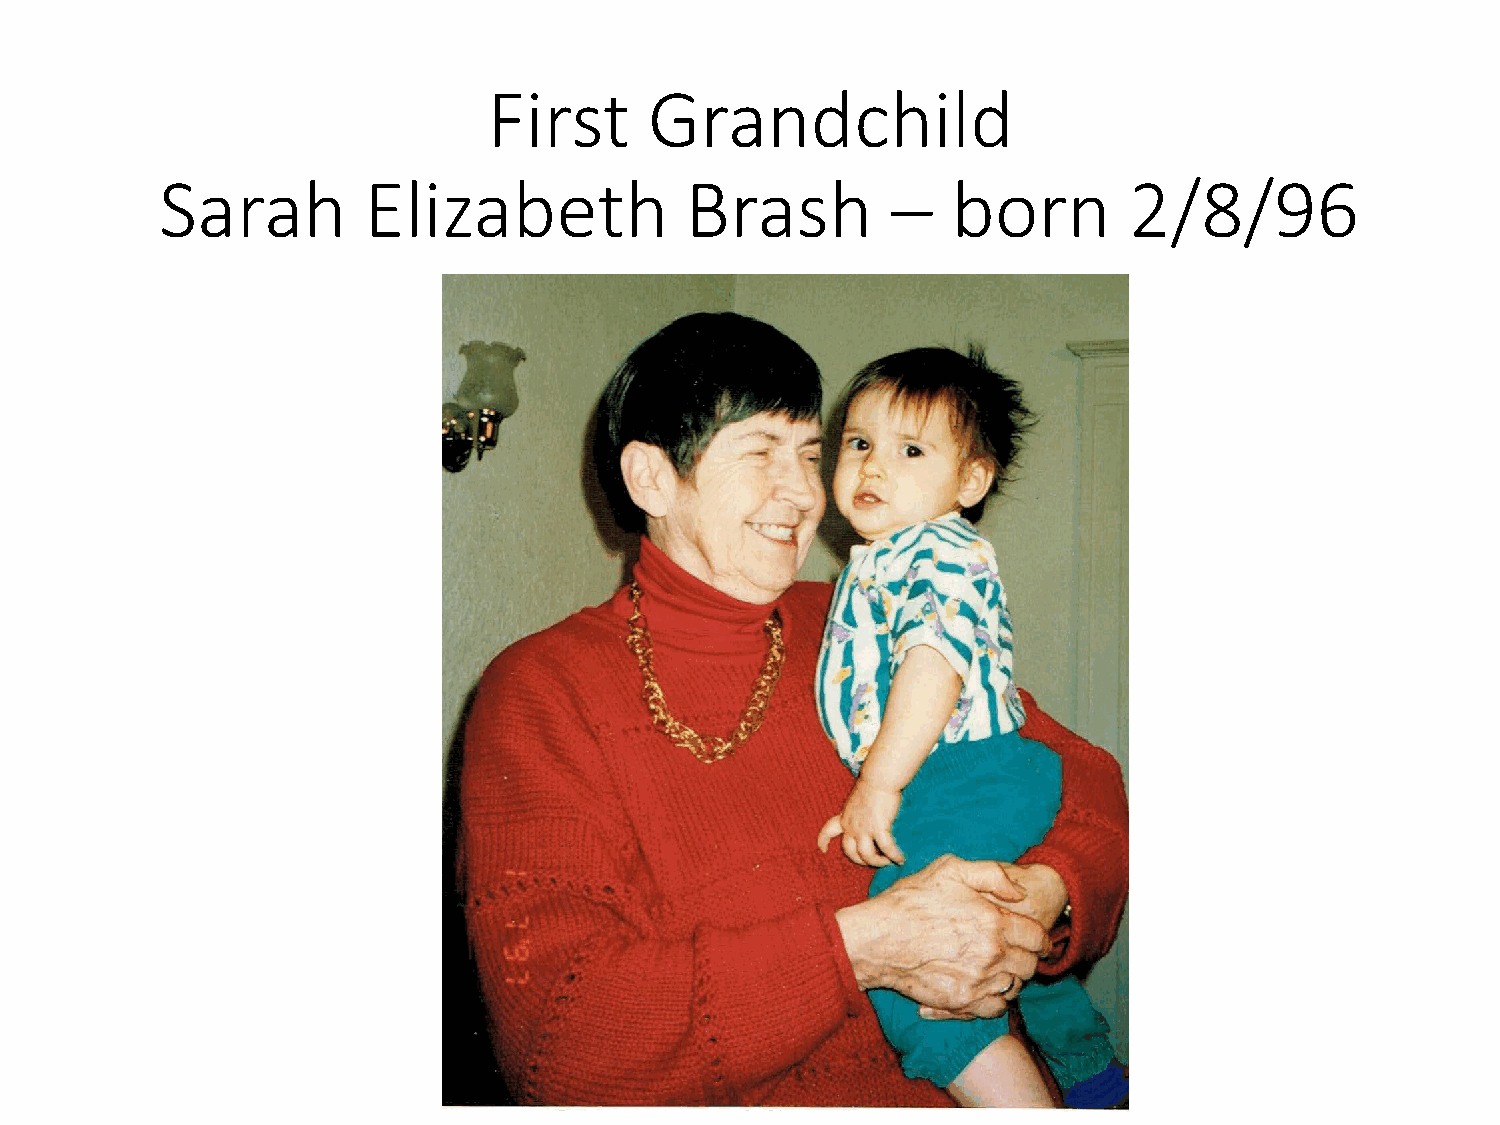
First      Grandchild
 Sarah        Elizabeth            Brash         –   born        2/8/96